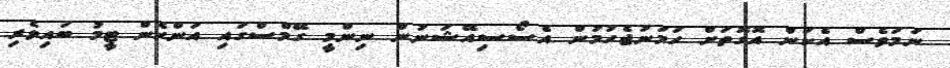
ނަމަވެސް އެކަން އޮގޮތަށް ހަމަނުޖެހުމުން އެސޯސިއޭޝަނުން ނިންމީ ގޭމްސްގައި އަންހެން ޓީމު ބައިވެރި